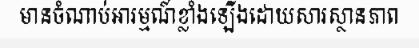
មានចំណាប់អារម្មណ៍ខ្លាំងឡើងដោយសារស្ថានភាព